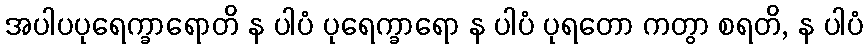
အပါပပုရေက္ခာရောတိ န ပါပံ ပုရေက္ခာရော န ပါပံ ပုရတော ကတွာ စရတိ, န ပါပံ